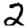
Digit: 2